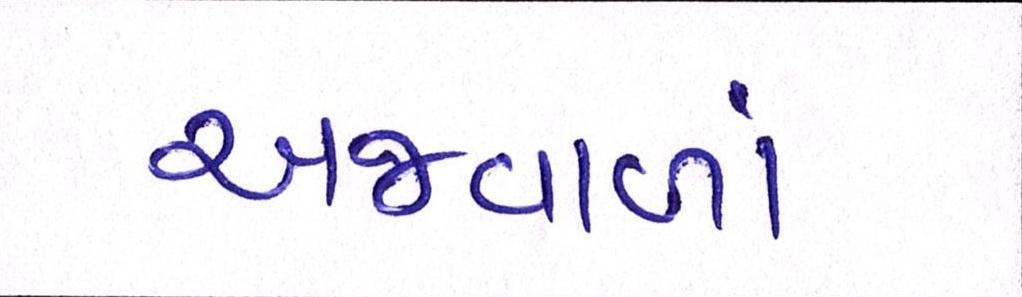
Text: અજવાળાં